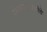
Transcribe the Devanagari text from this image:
रंगनाथस्वामीचे